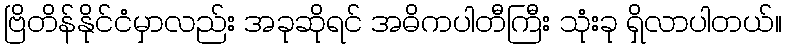
ဗြိတိန်နိုင်ငံမှာလည်း အခုဆိုရင် အဓိကပါတီကြီး သုံးခု ရှိလာပါတယ်။